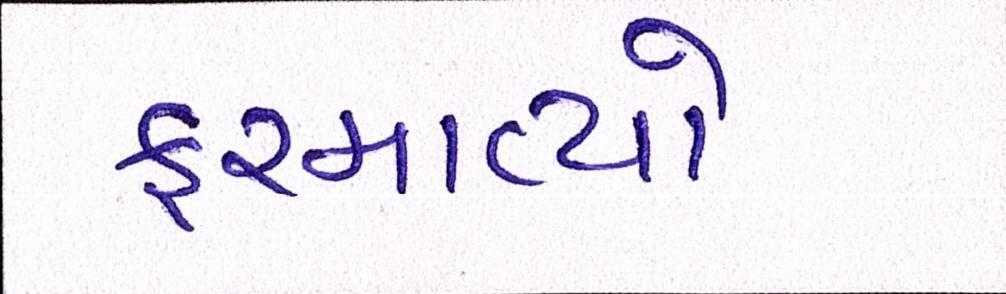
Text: ફરમાવ્યો